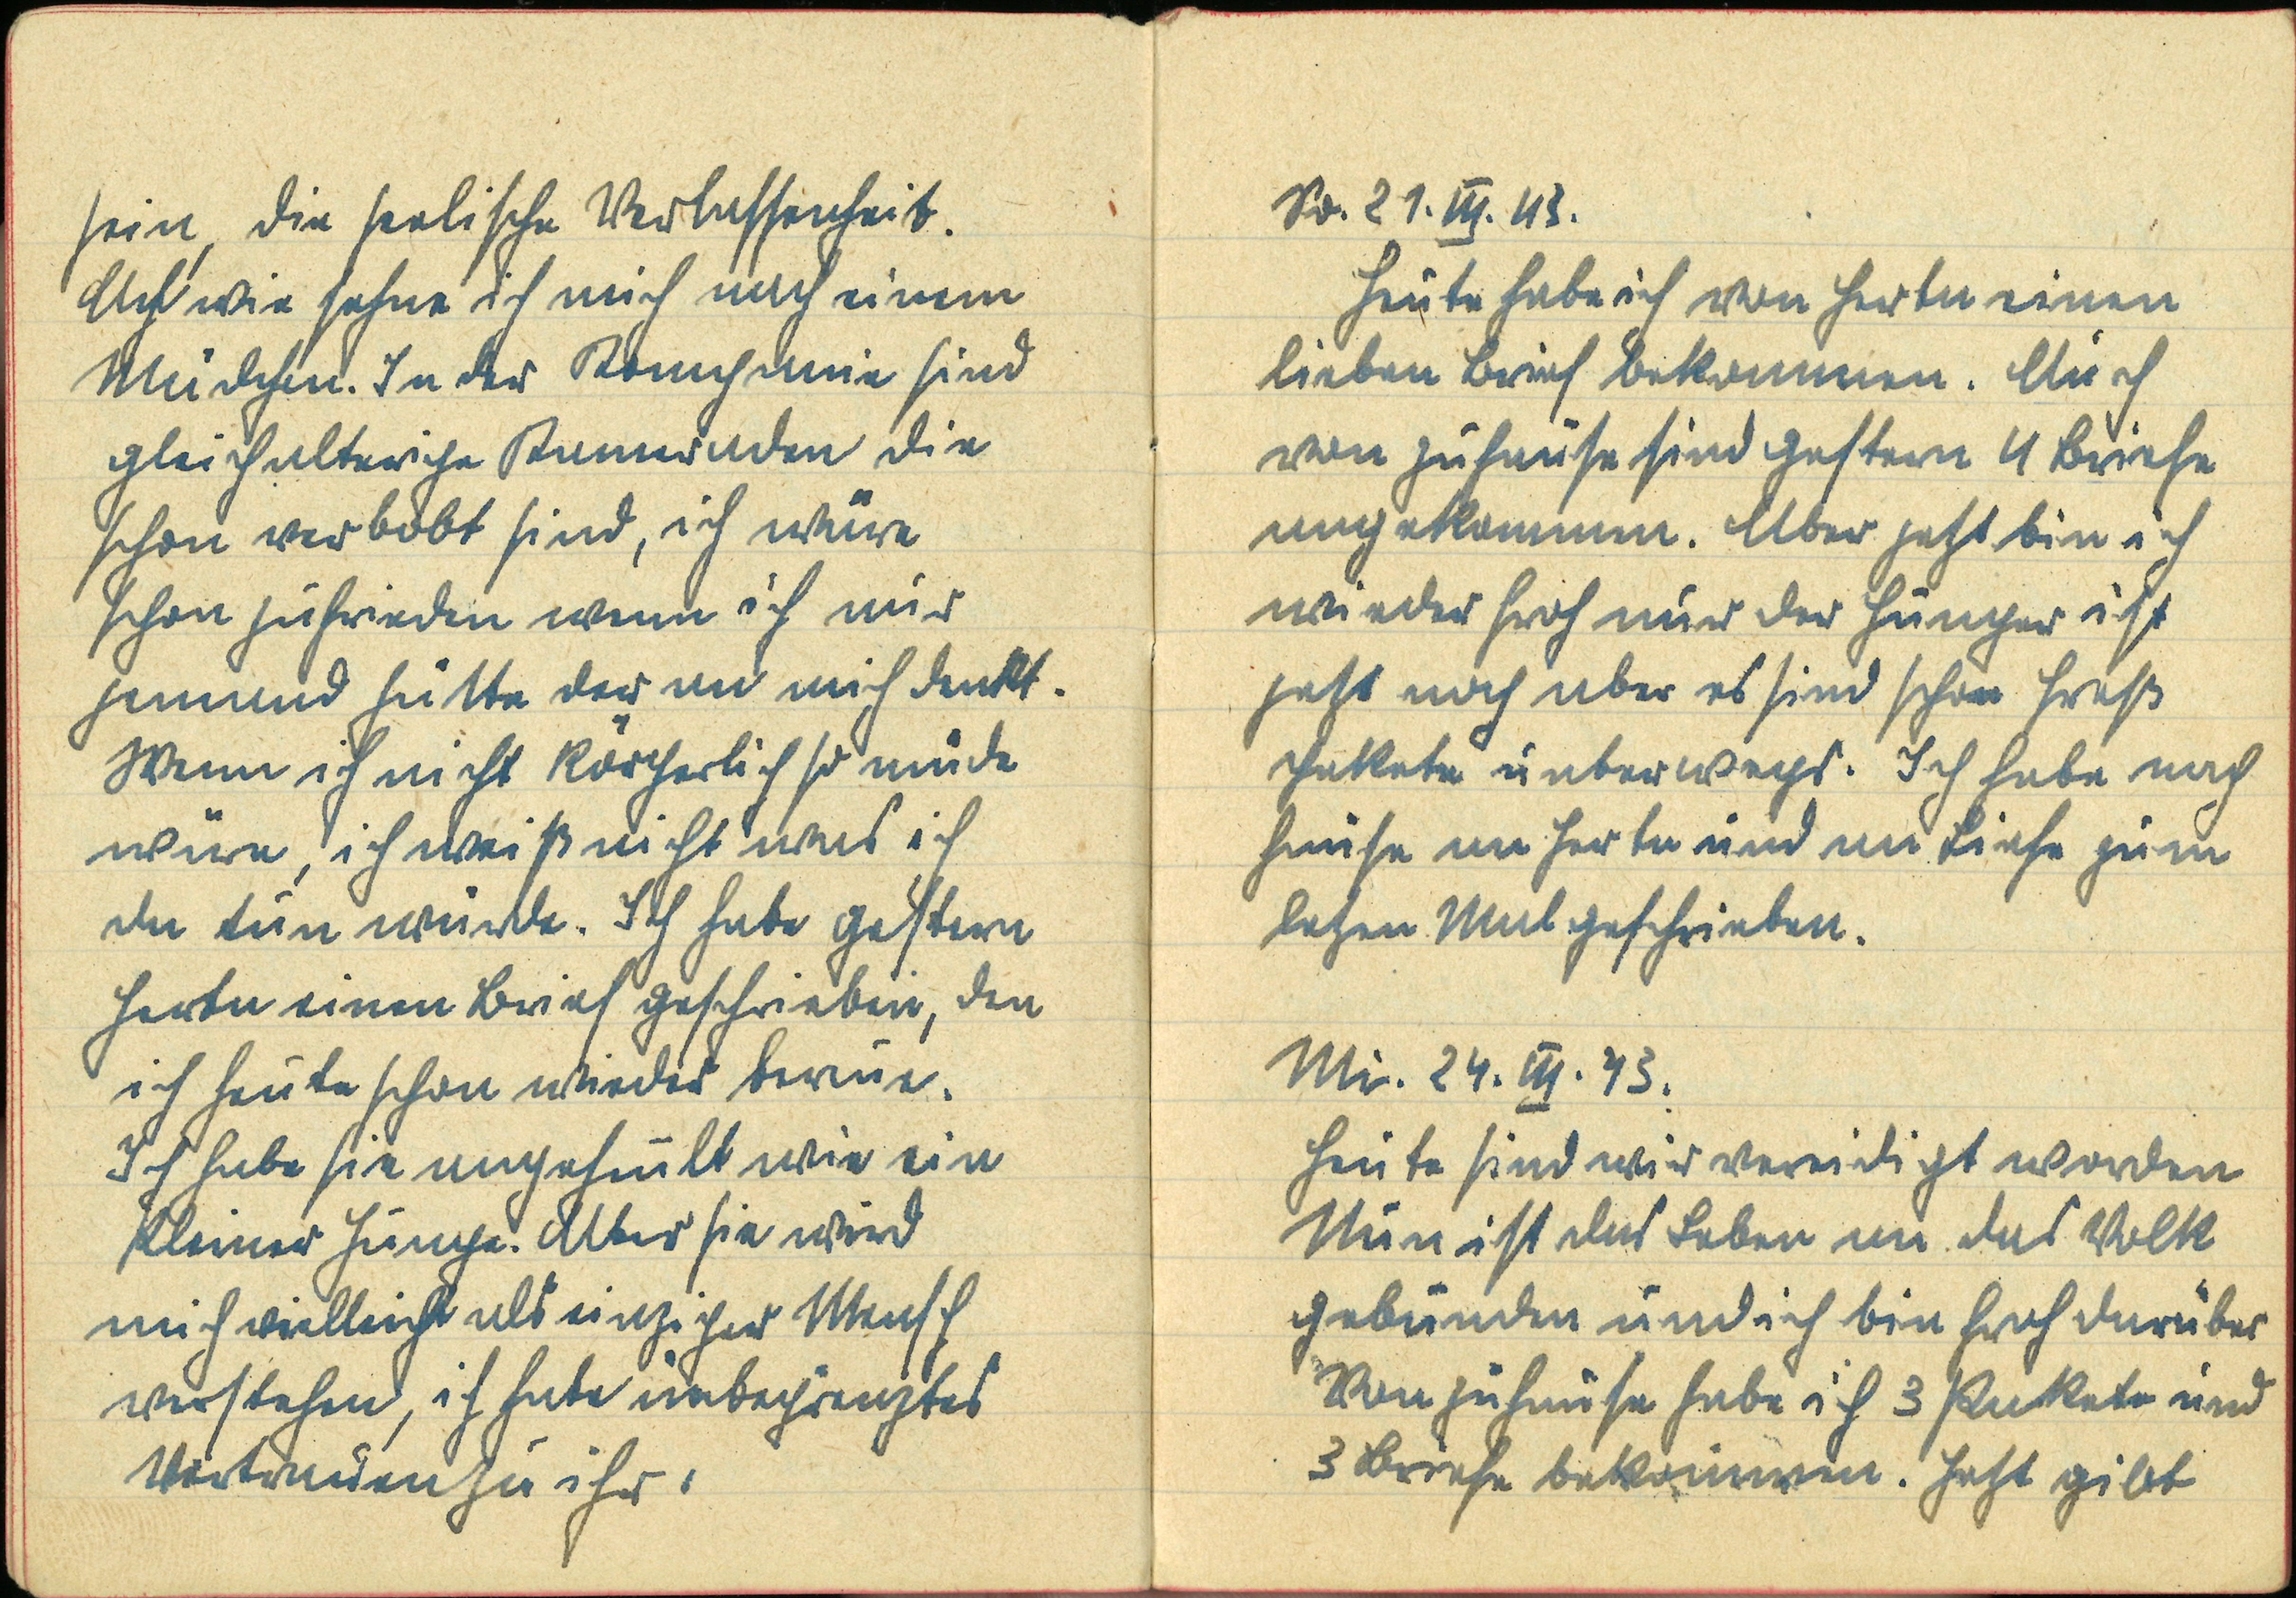
So. 21. III. 43
Heute habe ich von Herta einen
lieben Brief bekommen. Auch
von zuhause sind gestern 4 Briefe
angekommen. Aber jetzt bin ich
wieder froh nur der Hunger ist
jetzt noch aber es sind schon Freß¬
pakete unterwegs. Ich habe nach
Hause an Herta und an Liese zum
letzen Mal geschrieben.
Mi. 24. III. 43.
Heute sind wir vereidigt worden
Nun ist das Leben an das Volk
gebunden und ich bin froh darüber
Von zuhause habe ich 3 Pakete und
3 Briefe bekommen. Jetzt gibt

sein, die seelische Verlassenheit.
Ach wie sehne ich mich nach einem
Mädchen. In der Kompanie sind
gleichaltrige Kameraden die
schon verlobt sind, ich wäre
schon zufrieden wenn ich nur
jemand hätte der an mich denkt.
Wenn ich nicht körperlich so müde
wäre, ich weiß nicht was ich
da tun würde. Ich habe gestern
Herta einen Brief geschrieben, den
ich heute schon wieder bereue.
Ich haben sie angeheult wie ein
kleiner Junge. Aber sie wird
mich vielleicht als einziger Mensch
verstehen, ich habe unbegrenztes
Vertauen zu ihr.